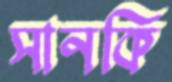
সানকি